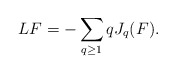
\begin{align*}LF = -\sum_{q \geq 1} q J_q(F).\end{align*}